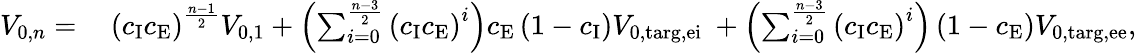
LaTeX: \begin{array}{rl}{V_{\mathrm{0},n}=\: }&{{}\left(c_{\mathrm{I}}c_{\mathrm{E}}\right)^{\frac{n-1}{2}}V_{\mathrm{0,1}}+\left(\sum_{i=0}^{\frac{n-3}{2}}\left(c_{\mathrm{I}}c_{\mathrm{E}}\right)^{i}\right)c_{\mathrm{E}}\left(1-c_{\mathrm{I}}\right)V_{\mathrm{0,targ,ei}}\ +\left(\sum_{i=0}^{\frac{n-3}{2}}\left(c_{\mathrm{I}}c_{\mathrm{E}}\right)^{i}\right)\left(1-c_{\mathrm{E}}\right)V_{\mathrm{0,targ,ee}},}\end{array}